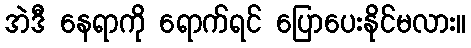
အဲဒီ နေရာကို ရောက်ရင် ပြောပေးနိုင်မလား။